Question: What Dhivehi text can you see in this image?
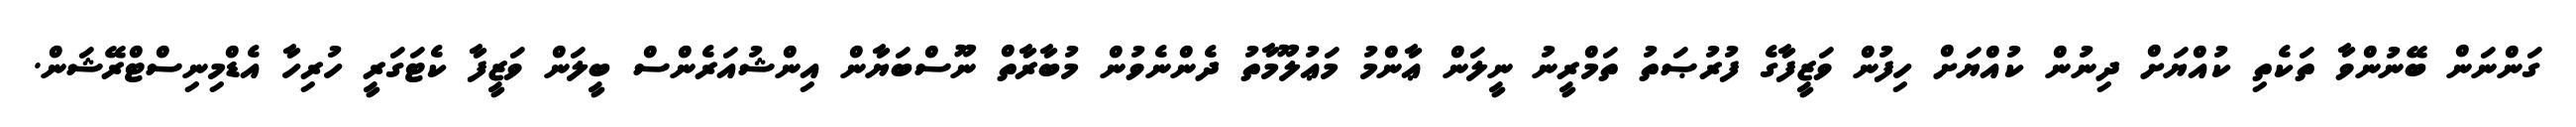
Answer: ގަންނަން ބޭނުންވާ ތަކެތި ކުއްޔަށް ދިނުން ކުއްޔަށް ހިފުން ވަޒީފާގެ ފުރުޞަތު ތަމްރީނު ނީލަން ޢާންމު މަޢުލޫމާތު ދެންނެވުން މުބާރާތް ނޫސްބަޔާން އިންޝުއަރެންސް ބީލަން ވަޒީފާ ކެޓަގަރީ ހުރިހާ އެޑްމިނިސްޓްރޭޝަން.